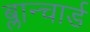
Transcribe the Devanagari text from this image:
ब्लान्चार्ड